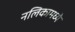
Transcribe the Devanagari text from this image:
नलिकामध्ये